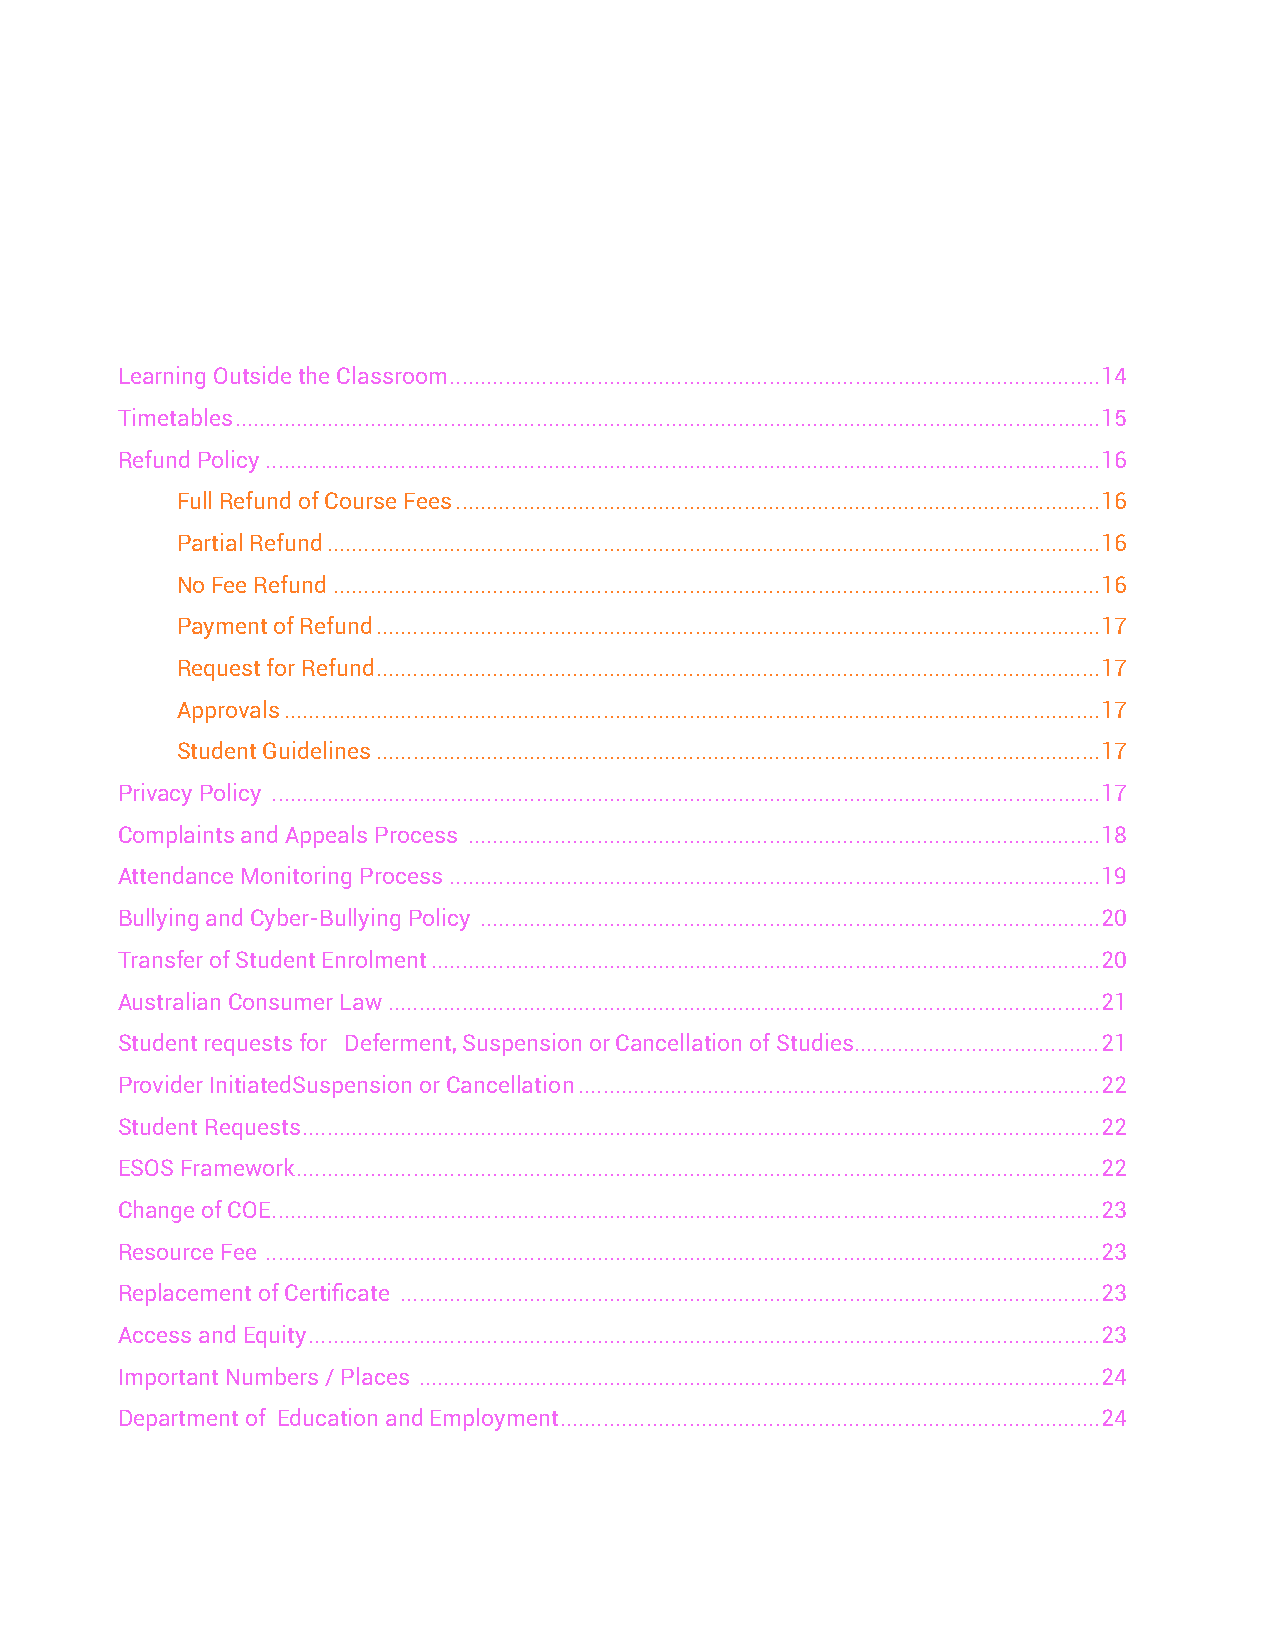
Learning Outside the Classroom ..........................................................................................................14
 Timetables .............................................................................................................................................15
 Refund Policy ........................................................................................................................................16
 Full Refund of Course Fees .........................................................................................................16
 Partial Refund ..............................................................................................................................16
 No Fee Refund .............................................................................................................................16
 Payment of Refund ......................................................................................................................17
 Request for Refund ......................................................................................................................17
 Approvals .....................................................................................................................................17
 Student Guidelines ......................................................................................................................17
 Privacy Policy .......................................................................................................................................17
 Complaints and Appeals Process .......................................................................................................18
 Attendance Monitoring Process ..........................................................................................................19
 Bullying and Cyber-Bullying Policy .....................................................................................................20
 Transfer of Student Enrolment .............................................................................................................20
 Australian Consumer Law ....................................................................................................................21
 Student requests for Deferment, Suspension or Cancellation of Studies ........................................21
 Provider InitiatedSuspension or Cancellation .....................................................................................22
 Student Requests ..................................................................................................................................22
 ESOS Framework ...................................................................................................................................22
 Change of COE .......................................................................................................................................23
 Resource Fee ........................................................................................................................................23
 Replacement of Certificate ..................................................................................................................23
 Access and Equity .................................................................................................................................23
 Important Numbers / Places ...............................................................................................................24
 Department of Education and Employment ........................................................................................24